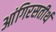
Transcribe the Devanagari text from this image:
आंगिरसतीर्थ